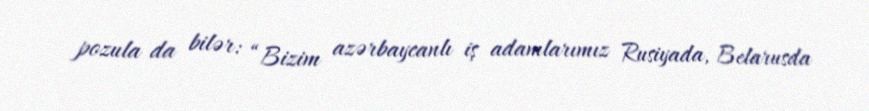
pozula da bilər: “Bizim azərbaycanlı iş adamlarımız Rusiyada, Belarusda